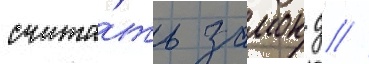
счита́ть замок д //